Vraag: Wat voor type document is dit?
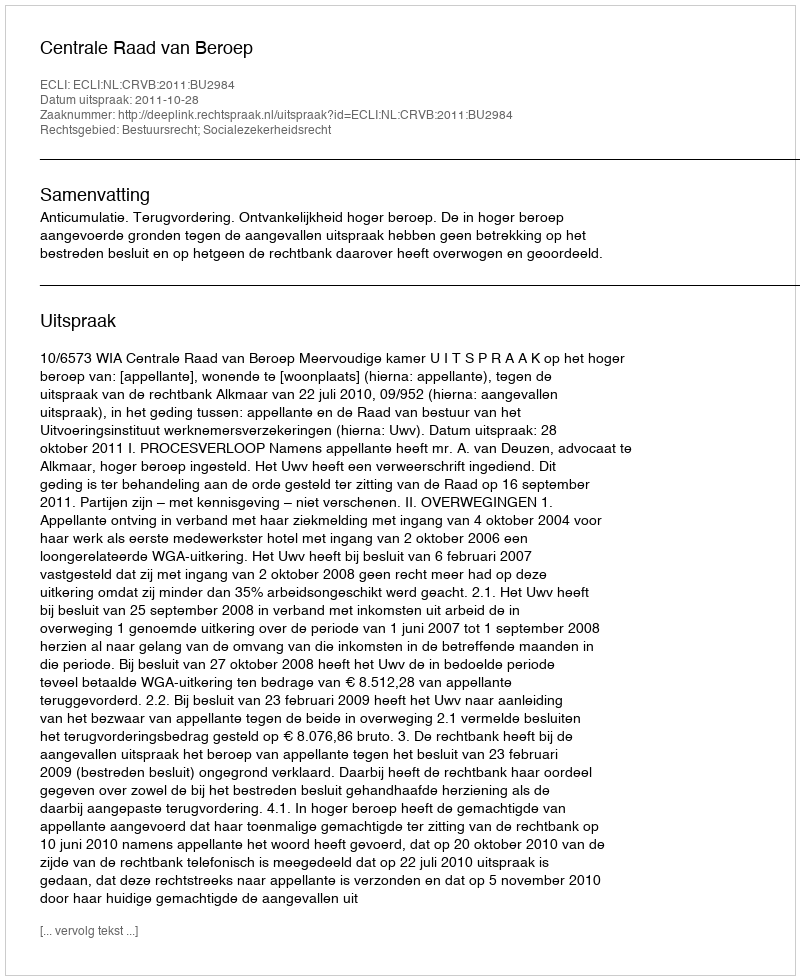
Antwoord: Uitspraak